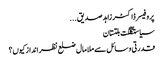
پروفیسر ڈاکٹر زاہدصدیق ...
سیاستگلگت بلتستان
قدرتی وسائل سے ملامال ضلع نظر انداز کیوں؟